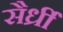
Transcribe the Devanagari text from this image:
सैर्ध्रीं